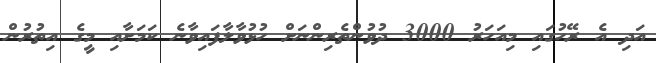
އަދި އެ ރޭހުގައި މިއަހަރު 3000 ދުވުންތެރިންނަށް ހުޅުވާލާފައިވާނެ ކަމަށާއި މީގެ އިތުރުން